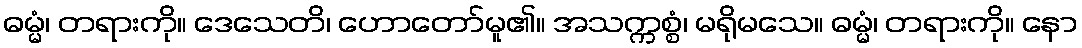
ဓမ္မံ၊ တရားကို။ ဒေသေတိ၊ ဟောတော်မူ၏။ အသက္ကစ္စံ၊ မရိုမသေ။ ဓမ္မံ၊ တရားကို။ နော